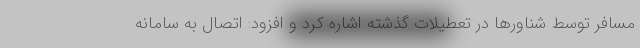
مسافر توسط شناورها در تعطیلات گذشته اشاره کرد و افزود: اتصال به سامانه